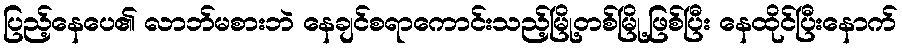
ပြည့်နေပေ၏ လာဘ်မစားဘဲ နေချင်စရာကောင်းသည့်မြို့တစ်မြို့ဖြစ်ပြီး နေထိုင်ပြီးနောက်